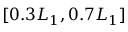
[ 0 . 3 L _ { 1 } , 0 . 7 L _ { 1 } ]